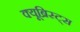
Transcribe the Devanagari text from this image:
क्यूब्रिस्ट्स